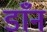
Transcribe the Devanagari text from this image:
डाँन